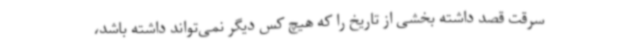
سرقت قصد داشته بخشی از تاریخ را که هیچ کس دیگر نمی‌تواند داشته باشد،